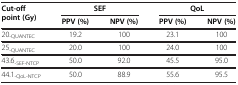
| <ROWSPAN=2> Cut-off point (Gy) | <COLSPAN=2> SEF | <COLSPAN=2> QoL |
 | PPV (%) | NPV (%) | PPV (%) | NPV (%) |
 | --- | --- | --- | --- | --- |
 | 20-QUANTEC | 19.2 | 100 | 23.1 | 100 |
 | 25-QUANTEC | 20.0 | 100 | 24.0 | 100 |
 | 43.6-SEF-NTCP | 50.0 | 92.0 | 45.5 | 95.0 |
 | 44.1-QoL-NTCP | 50.0 | 88.9 | 55.6 | 95.5 |